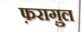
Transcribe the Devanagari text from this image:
फ़रागु़ल